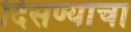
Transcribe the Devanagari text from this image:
दिसण्याचा